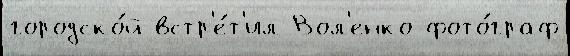
городско́й встр'е́т'ил Вол'енко фото́граф